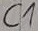
Text: C1